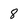
Character: 8